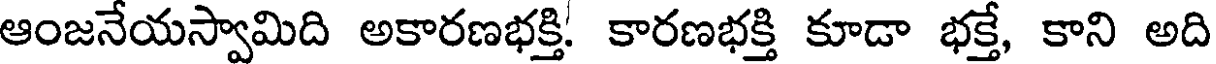
ఆంజనేయస్వామిది అకారణభక్తి. కారణభక్తి కూడా భక్తే, కాని అది